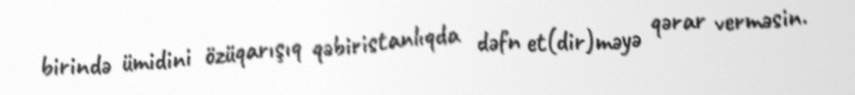
birində ümidini özüqarışıq qəbiristanlıqda dəfn et(dir)məyə qərar verməsin.